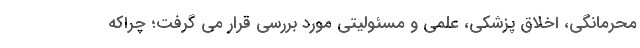
محرمانگی، اخلاق پزشکی، علمی و مسئولیتی مورد بررسی قرار می گرفت؛ چراکه